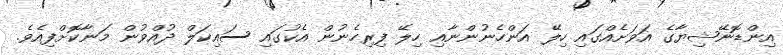
އިންޑޮނޭޝިޔާގެ އަވަށެއްގައި ހިލޭ އަންހެނުންނާއި ހިލޭ ފިރިހެނުން އެކުގައި ސައިކަލް ދުއްވުން މަނާކޮށްފިއެވެ.